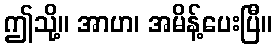
ဤသို့။ အာဟ၊ အမိန့်ပေးပြီ။